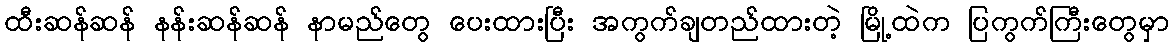
ထီးဆန်ဆန် နန်းဆန်ဆန် နာမည်တွေ ပေးထားပြီး အကွက်ချတည်ထားတဲ့ မြို့ထဲက ပြကွက်ကြီးတွေမှာ